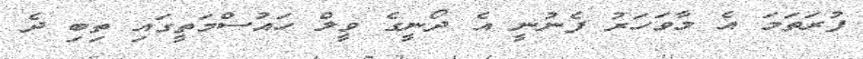
ފުރަތަމަ އެ މާވަހަރު ފެނުނީ އެ ދޯނީގެ ވީލް ހައުސްމަތީގައި ތިބި ދެ